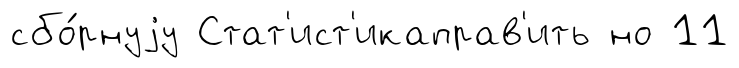
сбо́рнуjу Стат'ист'икаправ'ить но 11